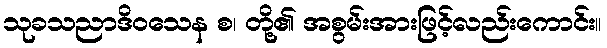
သုခသညာဒိဝသေန စ၊ တို့၏ အစွမ်းအားဖြင့်လည်းကောင်း။